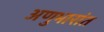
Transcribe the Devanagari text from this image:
अणुभारांत